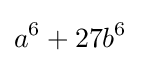
a^{6}+27b^{6}